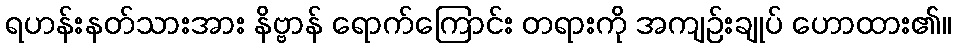
ရဟန်းနတ်သားအား နိဗ္ဗာန် ရောက်ကြောင်း တရားကို အကျဉ်းချုပ် ဟောထား၏။